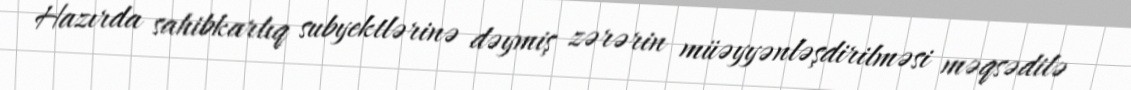
Hazırda sahibkarlıq subyektlərinə dəymiş zərərin müəyyənləşdirilməsi məqsədilə